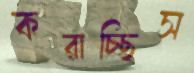
করাচ্ছিস